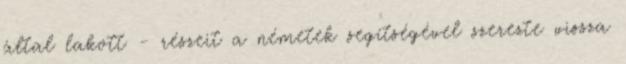
által lakott - részeit a németek segítségével szerezte vissza